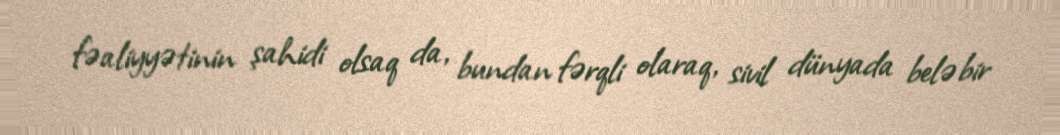
fəaliyyətinin şahidi olsaq da, bundan fərqli olaraq, sivil dünyada belə bir